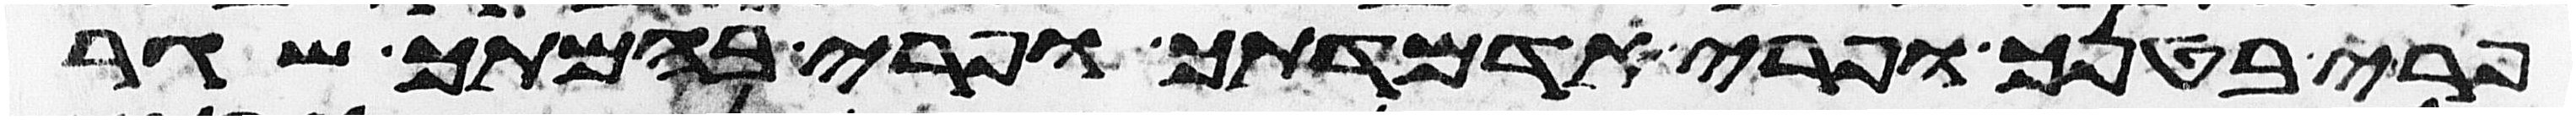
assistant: פרי בטנך ופרי אדמתך ופרי בהמתך שגר